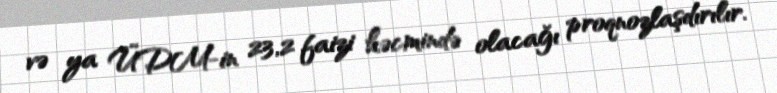
və ya ÜDM-in 23,2 faizi həcmində olacağı proqnozlaşdırılır.